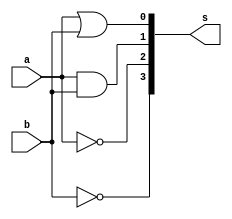
module logicos(input [3:0]  a, b, output [3:0] s);
	assign s[0] = a || b; 	// OR
	assign s[1] = a && b; 	// AND
	assign s[2] = !a; 		// NOT
	assign s[3] = !b;			// NOT
endmodule